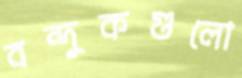
বন্দুকগুলো